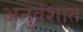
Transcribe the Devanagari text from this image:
अनुवंशात